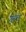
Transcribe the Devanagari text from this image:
गुहलु